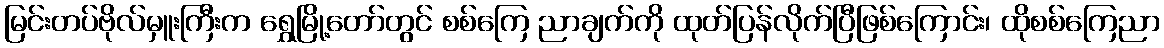
မြင်းတပ်ဗိုလ်မှူးကြီးက ရွှေမြို့တော်တွင် စစ်ကြေ ညာချက်ကို ထုတ်ပြန်လိုက်ပြီဖြစ်ကြောင်း၊ ထိုစစ်ကြေညာ